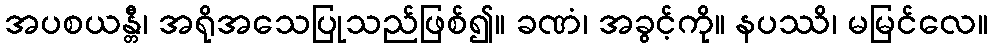
အပစယန္တီ၊ အရိုအသေပြုသည်ဖြစ်၍။ ခဏံ၊ အခွင့်ကို။ နပဿိ၊ မမြင်လေ။